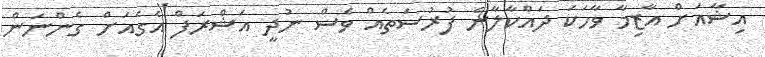
އިޝާއަށް އާޒިމާ ވާހަކަ ދައްކާލާނެ ފުރުސަތެއް ވެސް ނުދީ އަޝްރަފް އެގެއަށް ގެންނަން